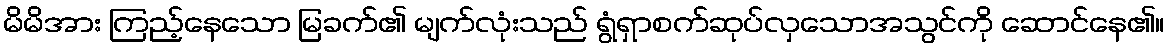
မိမိအား ကြည့်နေသော မြခက်၏ မျက်လုံးသည် ရွံရှာစက်ဆုပ်လှသောအသွင်ကို ဆောင်နေ၏။